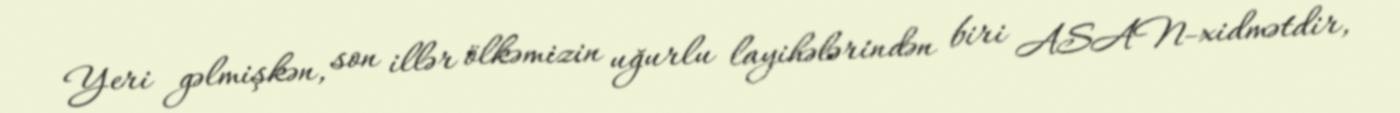
Yeri gəlmişkən, son illər ölkəmizin uğurlu layihələrindən biri ASAN-xidmətdir,